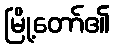
မြို့တော်၏